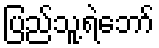
ပြည်သူ့ရဲဘော်